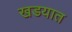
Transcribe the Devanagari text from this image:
खडयात